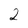
Character: 2